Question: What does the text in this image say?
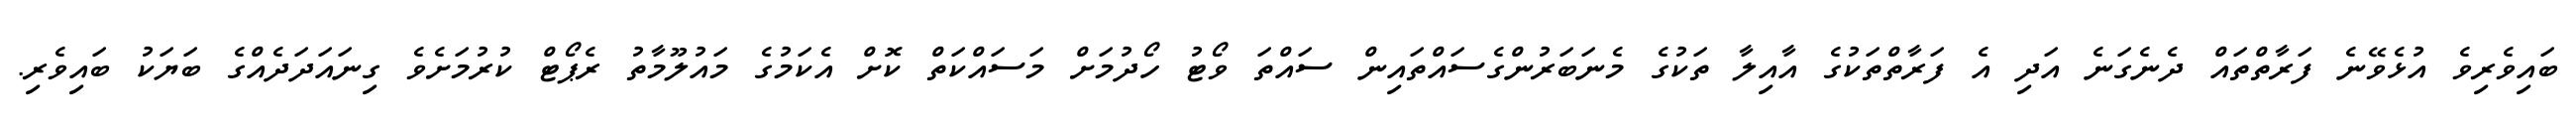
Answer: ބައިވެރިވެ އުޅެވޭނެ ފަރާތްތައް ދެނެގަނެ އަދި އެ ފަރާތްތަކުގެ އާއިލާ ތަކުގެ މެނަބަރުންގެސައްތައިން ސައްތަ ވޯޓު ހޯދުމަށް މަސައްކަތް ކޮށް އެކަމުގެ މައުލޫމާތު ރެޕޯޓް ކުރުމަށެވެ ގިނައަދަދެއްގެ ބަޔަކު ބައިވެރި.